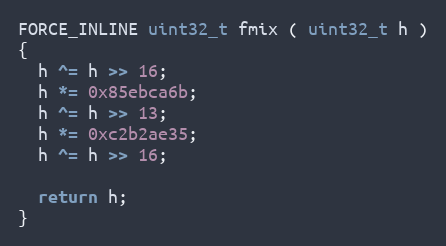
Language: C++
FORCE_INLINE uint32_t fmix ( uint32_t h )
{
  h ^= h >> 16;
  h *= 0x85ebca6b;
  h ^= h >> 13;
  h *= 0xc2b2ae35;
  h ^= h >> 16;

  return h;
}